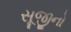
સૂજીનો